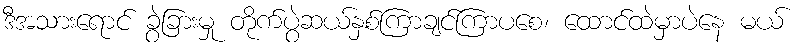
ဒီအသားရောင် ခွဲခြားမှု တိုက်ပွဲဆယ်နှစ်ကြာချင်ကြာပစေ၊ ထောင်ထဲမှာပဲနေ မယ်